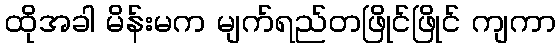
ထိုအခါ မိန်းမက မျက်ရည်တဖြိုင်ဖြိုင် ကျကာ